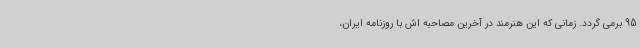
95 برمی گردد. زمانی که این هنرمند در آخرین مصاحبه اش با روزنامه ایران،